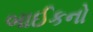
બાઈકનો